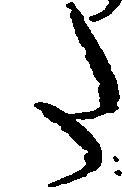
た